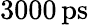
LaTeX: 3000\, \mathrm{ps}